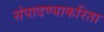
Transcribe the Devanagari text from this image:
संपादण्याकरिता